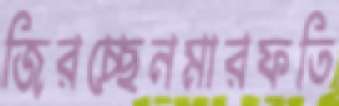
জিরচ্ছেনমারফতি